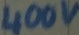
Text: 400v